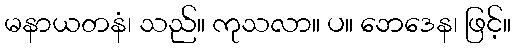
မနာယတနံ၊ သည်။ ကုသလာ။ ပ။ ဘေဒေန၊ ဖြင့်။